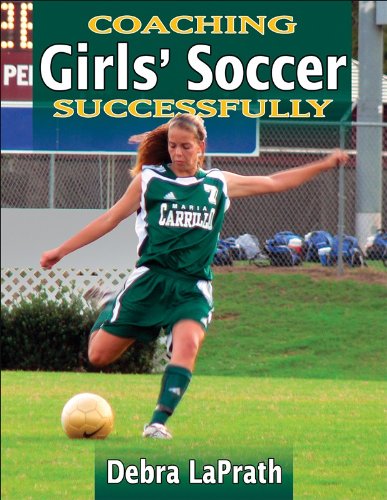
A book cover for Coaching Girls' Soccer Successfully (Coaching Successfully); Debra LaPrath; Sports & Outdoors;